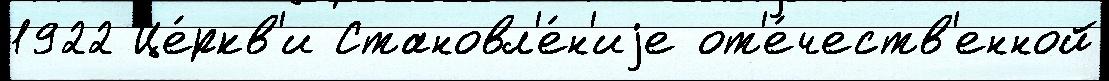
1922 Це́ркв'и Становл'е́н'иjе от'е́честв'енной